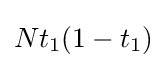
Nt_{1}(1-t_{1})